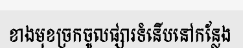
ខាងមុខច្រកចូលផ្សារទំនើបនៅកន្លែង